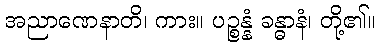
အညာဏေနာတိ၊ ကား။ ပဉ္စန္နံ ခန္ဓာနံ၊ တို့၏။